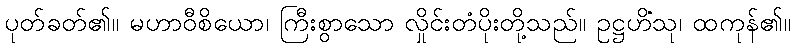
ပုတ်ခတ်၏။ မဟာဝီစိယော၊ ကြီးစွာသော လှိုင်းတံပိုးတို့သည်။ ဥဋ္ဌဟိံသု၊ ထကုန်၏။